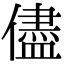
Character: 儘